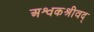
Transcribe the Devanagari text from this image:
अश्वकश्रीवद्‌